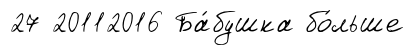
27 20112016 Ба́бушка бо́льше